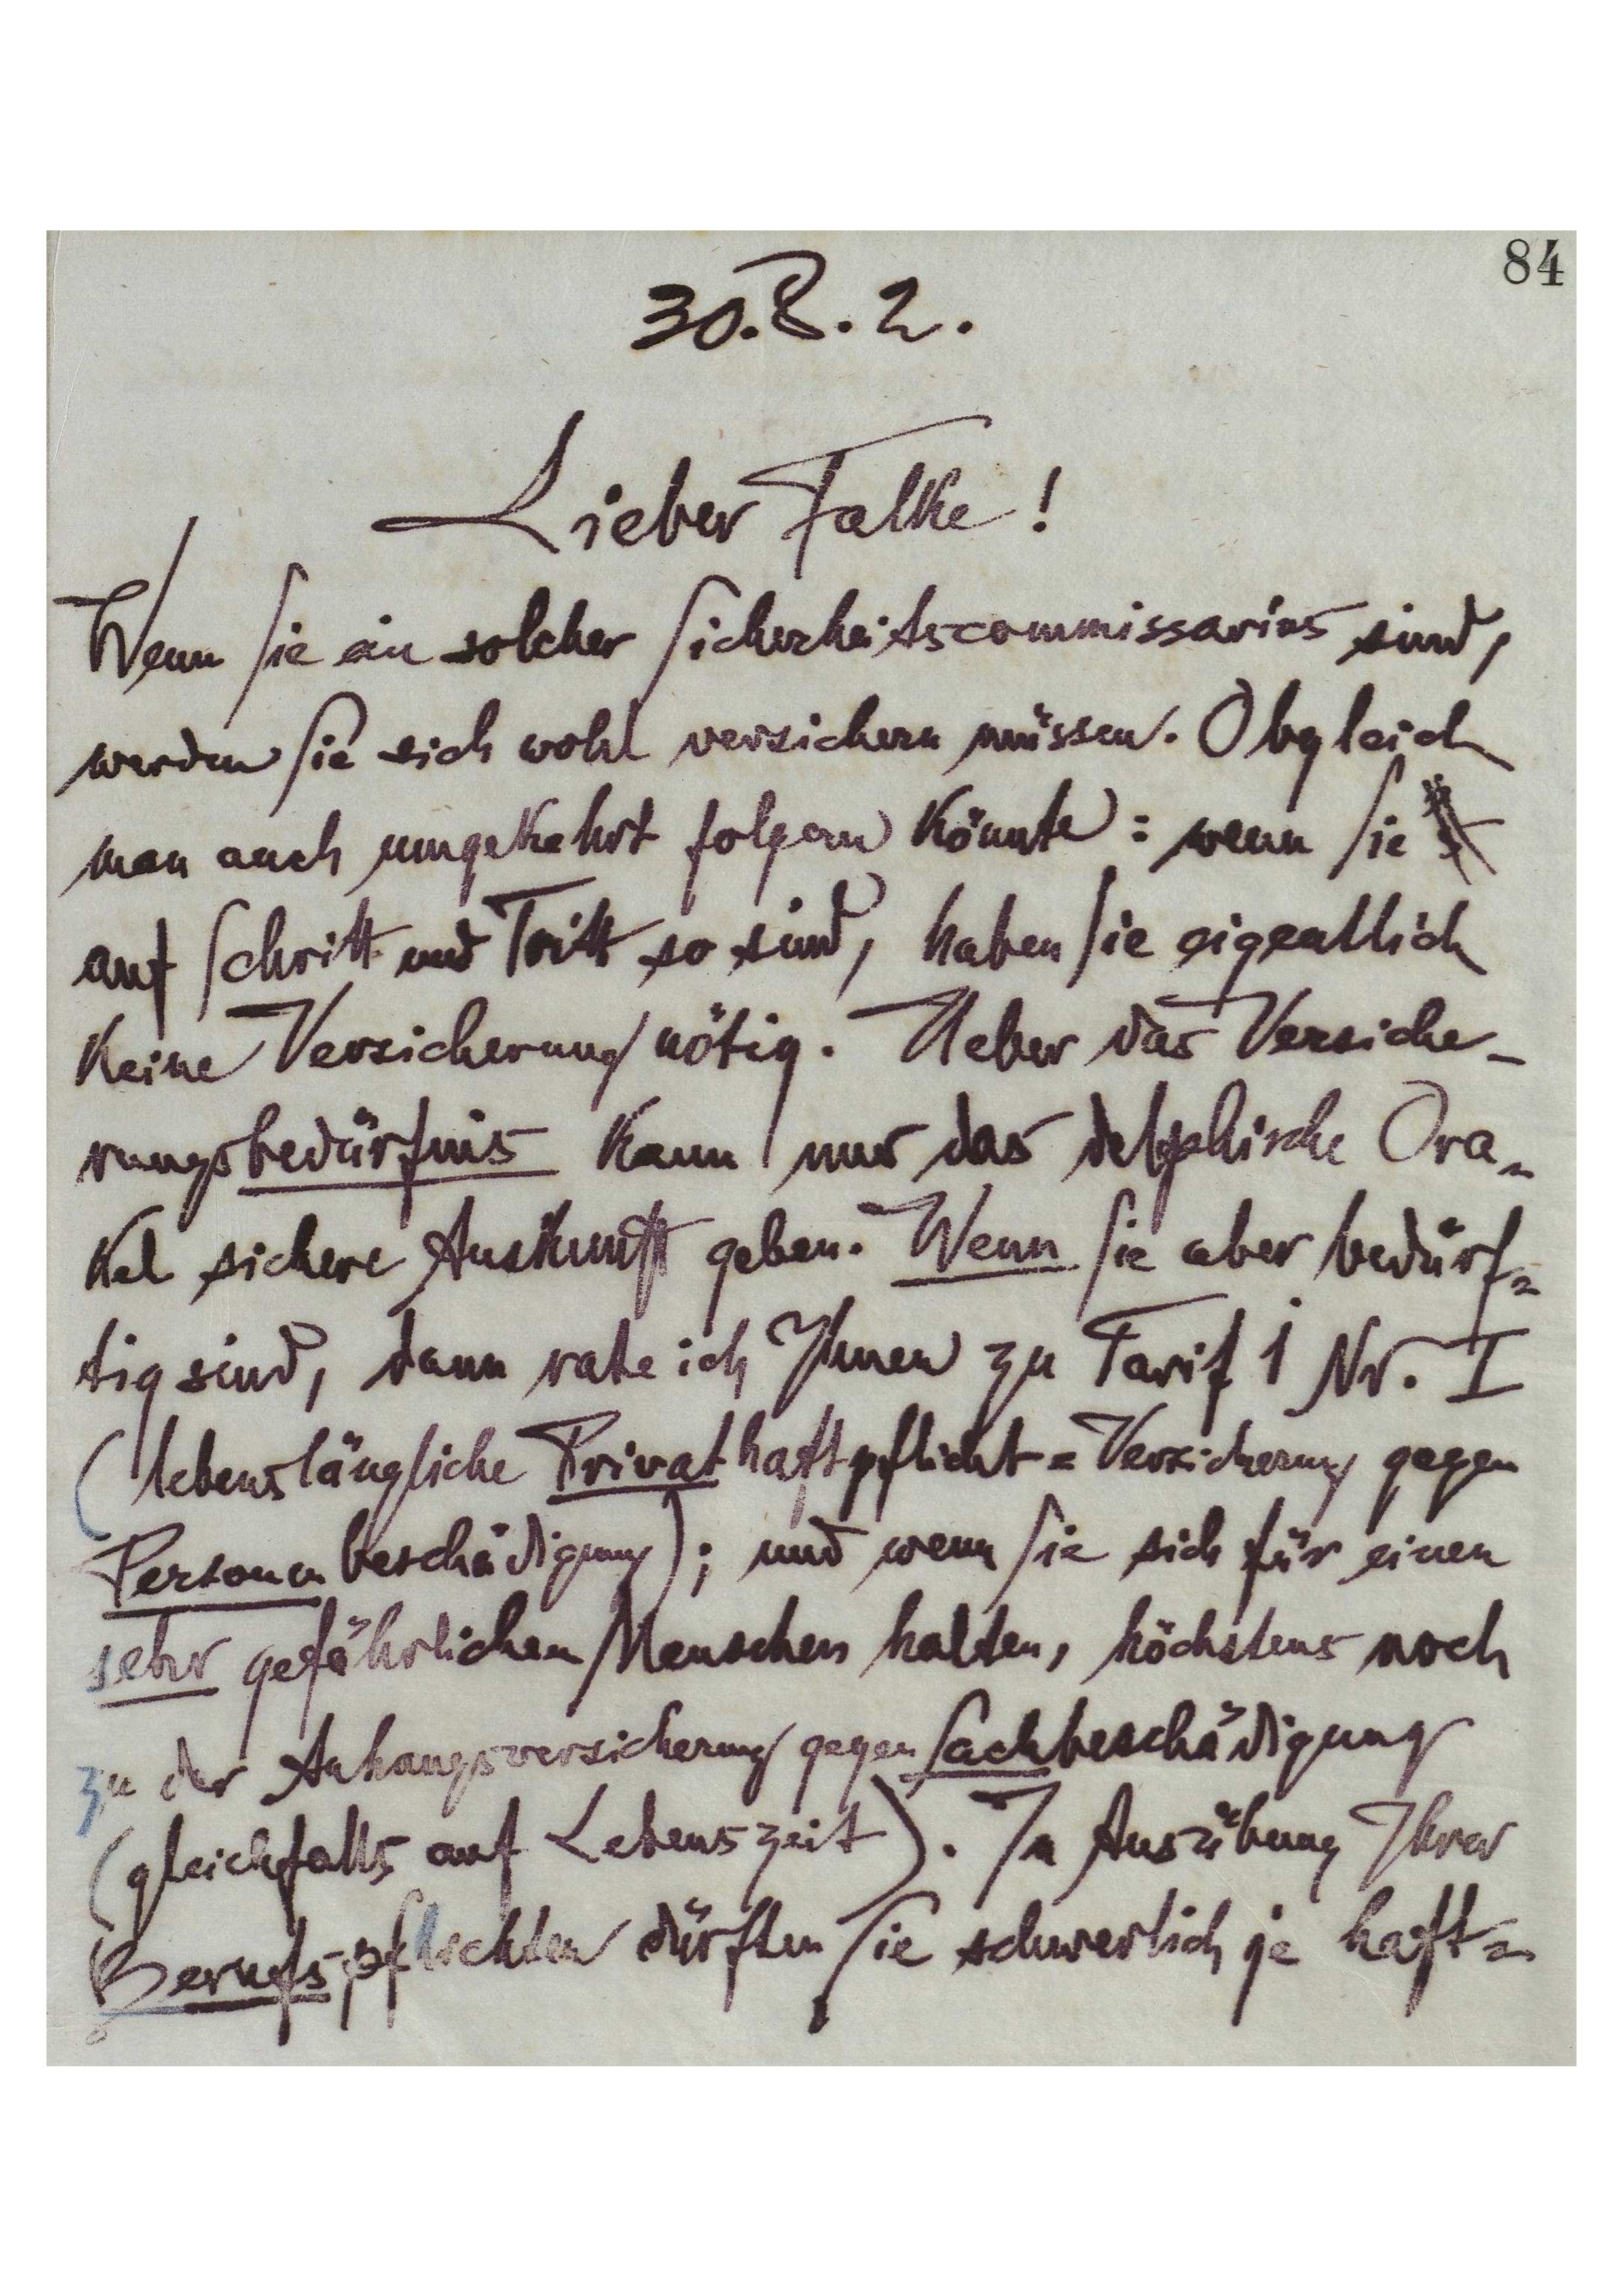
30.8.2.
Lieber Falke!
Wenn Sie ein solcher Sicherheitscommissarios sind,
werden sie sich wohl versichern müssen. Obgleich
man auch umgekehrt folgern könnte: wenn Sie
auf Schritt und Tritt so sind, haben Sie eigentlich
keine Versicherung nötig. Ueber das Versiche-
rungsbedürfnis kann nur das delgehische Ora-
kel sichere Auskunft geben. Wenn sie aber bedürf-
tig sind dann rate ich Ihnen zu Tarif i Nr. I
(lebenslängliche Privathaftpflicht-Versicherung gegen
Personenbeschädigung); und wenn Sie sich für einen
sehr gefährlichen Menschen halten, höchstens noch
zu der Anhangsversicherung gegen Sachbeschädigung
(gleichfalls auf Lebenszeit). In Ausübung Ihrer Berufspflichten dürfen Sie schwerlich je haft-